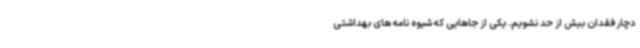
دچار فقدان بیش از حد نشویم. یکی از جاهایی که شیوه نامه‌ های بهداشتی